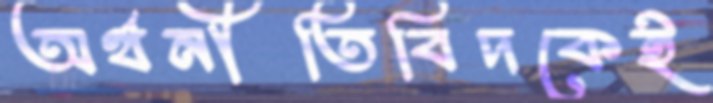
অর্থনীতিবিদকেই